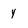
Character: y